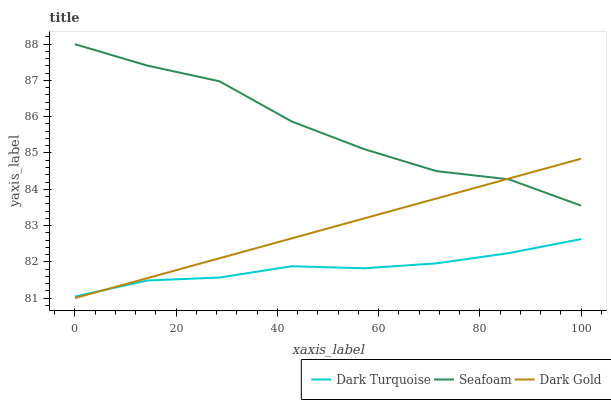
| xaxis_label | Dark Turquoise | Seafoam | Dark Gold |
 | --- | --- | --- | --- |
 | 0 | 81 | 88 | 81 |
 | 14.3 | 81.5 | 87.4 | 81.5 |
 | 28.6 | 81.6 | 87 | 82.1 |
 | 42.9 | 81.9 | 85.9 | 82.6 |
 | 57.1 | 81.8 | 85.1 | 83.2 |
 | 71.4 | 82 | 84.5 | 83.7 |
 | 85.7 | 82.2 | 84.3 | 84.3 |
 | 100 | 82.6 | 83.5 | 84.8 |